King Institute of Preventive Medicine Bacteriolog. Section reports 1907-08
Year: 1907
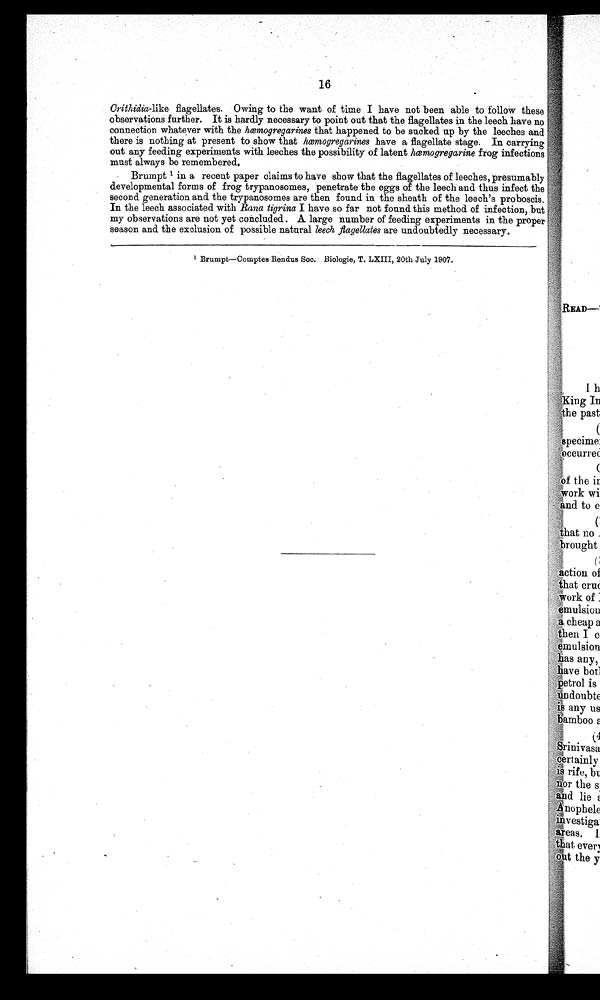
16
Crithidia-like flagellates. Owing to the want of time I have not been able to follow these
observations further. It is hardly necessary to point out that the flagellates in the leech have no
connection whatever with the hœmogregarines that happened to be sucked up by the leeches and
there is nothing at present to show that hœmogregarines have a flagellate stage. In carrying
out any feeding experiments with leeches the possibility of latent hœmogregarine frog infections
must always be remembered.
Brumpt1 in a recent paper claims to have show that the flagellates of leeches, presumably
developmental forms of frog trypanosomes, penetrate the eggs of the leech and thus infect the
second generation and the trypanosomes are then found in the sheath of the leech's proboscis,
In the leech associated with Rana tigrina I have so far not found this method of infection, but
my observations are not yet concluded. A large number of feeding experiments in the proper
season and the exclusion of possible natural leech flagellates are undoubtedly necessary.
Brumpt—Comptes Rendus Soc.
Biologie, T. LXIII, 20th July 1907.